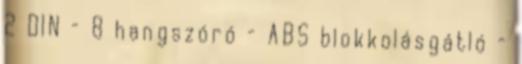
2 DIN – 8 hangszóró – ABS blokkolásgátló –